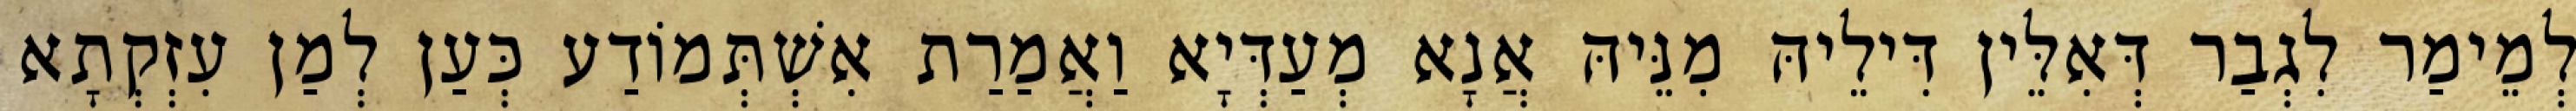
לְמֵימַר לִגְבַר דְּאִלֵּין דִּילֵיהּ מִנֵּיהּ אֲנָא מְעַדְּיָא וַאֲמַרַת אִשְׁתְּמוֹדַע כְּעַן לְמַן עִזְקְתָא